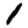
Digit: 1